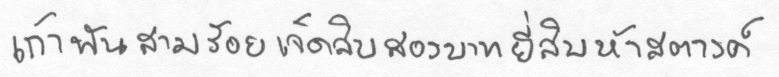
เก้าพันสามร้อยเจ็ดสิบสองบาทยี่สิบห้าสตางค์